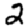
Digit: 2